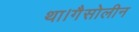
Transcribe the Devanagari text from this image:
था।गैसोलीन